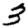
Digit: 3